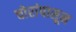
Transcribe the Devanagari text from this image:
चोरांपासून